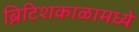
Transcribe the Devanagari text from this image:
ब्रिटिशकाळामध्ये